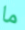
ما